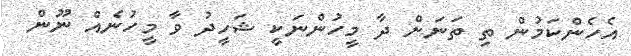
އެހެންކަމުން ތި ތަނަށް ދާ މީހުންނަކީ ޝަހީދު ވާ މީހުނެއް ނޫން